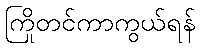
ကြိုတင်ကာကွယ်ရန်